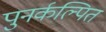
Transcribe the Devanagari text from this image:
पुनर्कल्पित